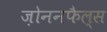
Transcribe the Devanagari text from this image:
ज़ोननफैल्स